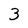
Character: 3